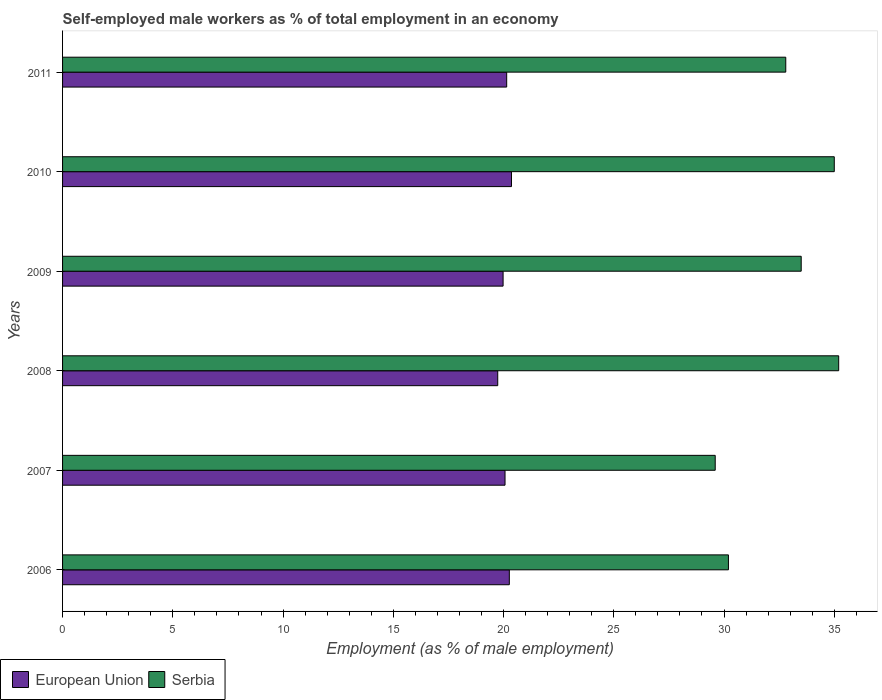
| Years | European Union | Serbia |
 | --- | --- | --- |
 | 2006 | 20.3 | 30.2 |
 | 2007 | 20.1 | 29.6 |
 | 2008 | 19.7 | 35.2 |
 | 2009 | 20 | 33.5 |
 | 2010 | 20.4 | 35 |
 | 2011 | 20.1 | 32.8 |